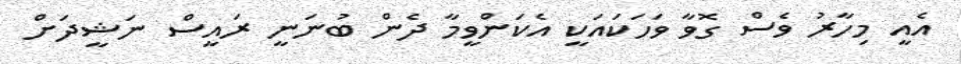
އެއީ މިހާރު ވެސް ގޮވާ ވަހަކައަކީ އެކަންވީމާ ދެން ބުނަނީ ރައީސް ނަޝީދަށް